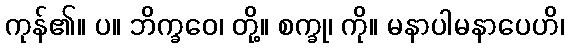
ကုန်၏။ ပ။ ဘိက္ခဝေ၊ တို့။ စက္ခု၊ ကို။ မနာပါမနာပေဟိ၊